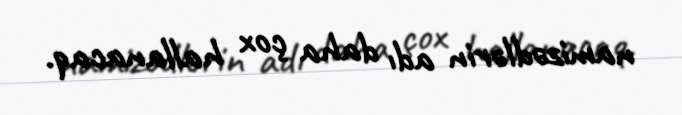
namizədlərin adı daha çox hallanacaq.